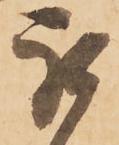
被